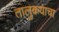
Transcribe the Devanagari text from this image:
तालुकयाचा